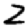
Digit: 2